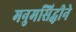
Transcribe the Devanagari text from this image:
मनुमसिद्धीने